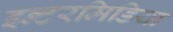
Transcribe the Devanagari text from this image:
इन्टरमिडिया